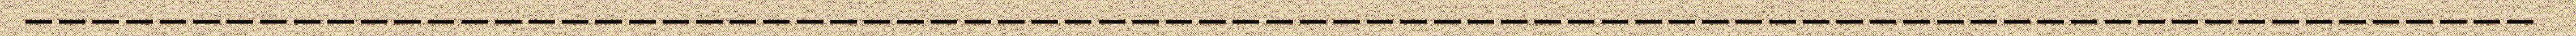
___________________________________________________________________________